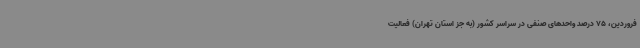
فروردین، 75 درصد واحدهای صنفی در سراسر کشور (به جز استان تهران) فعالیت